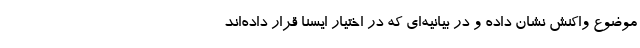
موضوع واکنش نشان داده و در بیانیه‌ای که در اختیار ایسنا قرار داده‌اند